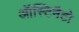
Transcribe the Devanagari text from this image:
ऑस्टिनैटो